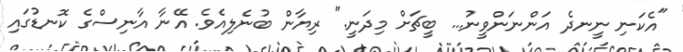
"އެކަނި ނީނދެ އަންނަންވީނު... ބީޗަށް މިދަނީ." ރިޔާން ބުނެލިއެވެ. އޭނާ އާނިސްގެ ކޮނޑުގައި